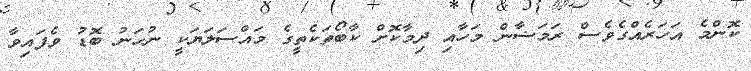
ކޮންމެ އަހަރެއްގެވެސް ރަމަޟާން މަހާއި ދިމާކޮށް ކާބޯތަކެތީގެ މައްސަލަޔަކީ ނުހަނު ބޮޑު ވެފައިވާ